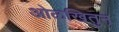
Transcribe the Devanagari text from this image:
ओळखितुन